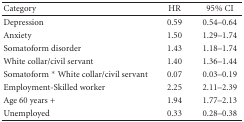
<table><thead><tr><td><b>Category</b></td><td><b>HR</b></td><td><b>95% CI</b></td></tr></thead><tbody><tr><td>Depression</td><td>0.59</td><td>0.54–0.64</td></tr><tr><td>Anxiety</td><td>1.50</td><td>1.29–1.74</td></tr><tr><td>Somatoform disorder</td><td>1.43</td><td>1.18–1.74</td></tr><tr><td>White collar/civil servant</td><td>1.40</td><td>1.36–1.44</td></tr><tr><td>Somatoform * White collar/civil servant</td><td>0.07</td><td>0.03–0.19</td></tr><tr><td>Employment-Skilled worker</td><td>2.25</td><td>2.11–2.39</td></tr><tr><td>Age 60 years +</td><td>1.94</td><td>1.77–2.13</td></tr><tr><td>Unemployed</td><td>0.33</td><td>0.28–0.38</td></tr></tbody></table>